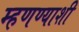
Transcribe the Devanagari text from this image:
म्हणण्याशी